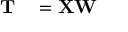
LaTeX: \begin{array} { r l } { \mathbf { T } } & { { } = \mathbf { X } \mathbf { W } } \end{array}